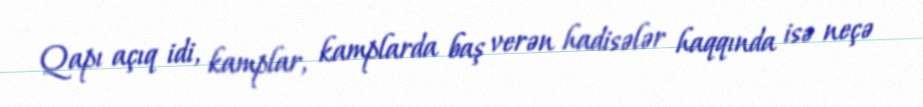
Qapı açıq idi, kamplar, kamplarda baş verən hadisələr haqqında isə neçə